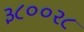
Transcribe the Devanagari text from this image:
३८००२८